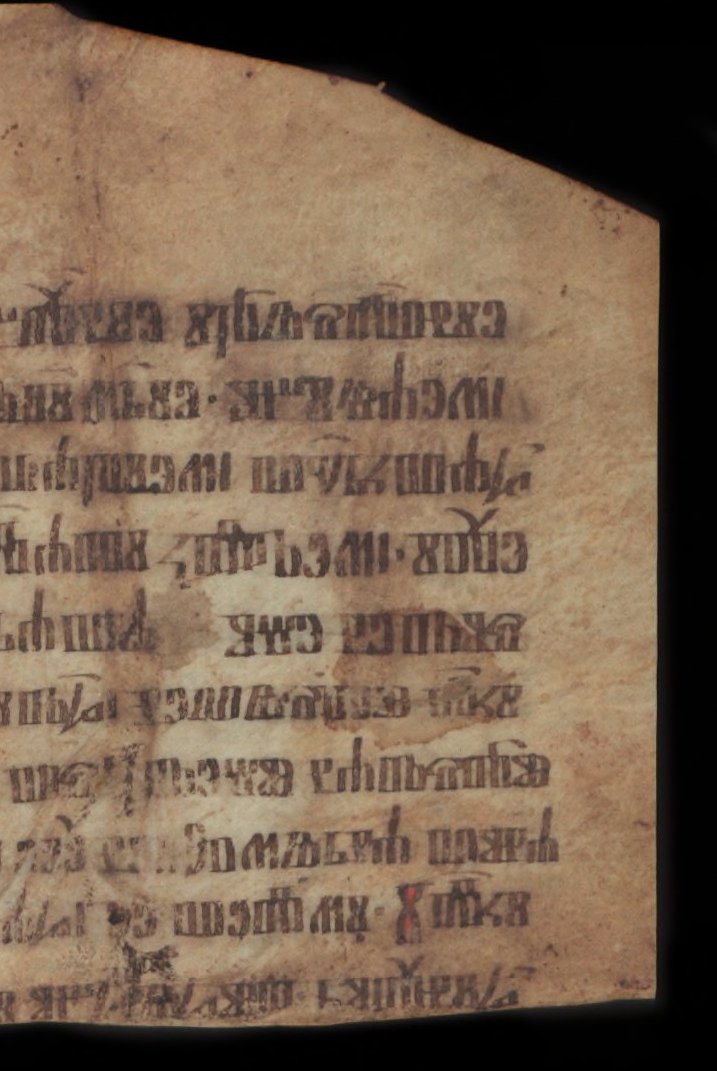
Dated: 1400–1499